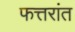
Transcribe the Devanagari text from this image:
फत्तरांत